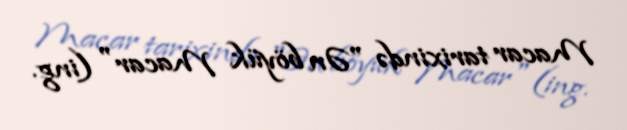
Macar tarixində "Ən böyük Macar" (ing.